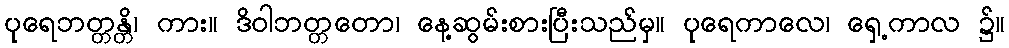
ပုရေဘတ္တန္တိ၊ ကား။ ဒိဝါဘတ္တတော၊ နေ့ဆွမ်းစားပြီးသည်မှ။ ပုရေကာလေ၊ ရှေ့ကာလ ၌။